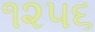
૧૨૫૬